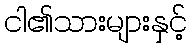
ငါ၏သားများနှင့်